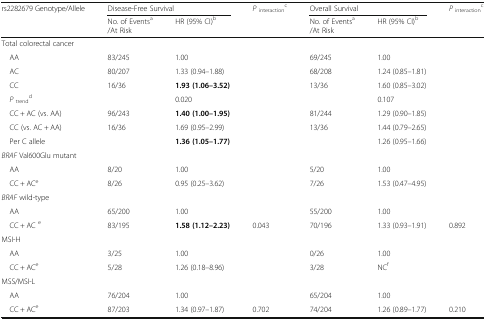
<table><thead><tr><td rowspan="2"><b>rs2282679 Genotype/Allele</b></td><td colspan="2"><b>Disease-Free Survival</b></td><td rowspan="2"><b><i>P</i><sub>interaction</sub><sup>c</sup></b></td><td colspan="2"><b>Overall Survival</b></td><td rowspan="2"><b><i>P</i><sub>interaction</sub><sup>c</sup></b></td></tr><tr><td><b>No. of Events<sup>a</sup>/At Risk</b></td><td><b>HR (95% CI)<sup>b</sup></b></td><td><b>No. of Events<sup>a</sup>/At Risk</b></td><td><b>HR (95% CI)<sup>b</sup></b></td></tr></thead><tbody><tr><td>Total colorectal cancer</td><td></td><td></td><td></td><td></td><td></td><td></td></tr><tr><td> AA</td><td>83/245</td><td>1.00</td><td></td><td>69/245</td><td>1.00</td><td></td></tr><tr><td> AC</td><td>80/207</td><td>1.33 (0.94–1.88)</td><td></td><td>68/208</td><td>1.24 (0.85–1.81)</td><td></td></tr><tr><td> CC</td><td>16/36</td><td><b>1.93 (1.06–3.52)</b></td><td></td><td>13/36</td><td>1.60 (0.85–3.02)</td><td></td></tr><tr><td> <i>P</i><sub>trend</sub><sup>d</sup></td><td></td><td>0.020</td><td></td><td></td><td>0.107</td><td></td></tr><tr><td> CC + AC (vs. AA)</td><td>96/243</td><td><b>1.40 (1.00–1.95)</b></td><td></td><td>81/244</td><td>1.29 (0.90–1.85)</td><td></td></tr><tr><td> CC (vs. AC + AA)</td><td>16/36</td><td>1.69 (0.95–2.99)</td><td></td><td>13/36</td><td>1.44 (0.79–2.65)</td><td></td></tr><tr><td> Per C allele</td><td></td><td><b>1.36 (1.05–1.77)</b></td><td></td><td></td><td>1.26 (0.95–1.66)</td><td></td></tr><tr><td><i>BRAF</i> Val600Glu mutant</td><td></td><td></td><td></td><td></td><td></td><td></td></tr><tr><td> AA</td><td>8/20</td><td>1.00</td><td></td><td>5/20</td><td>1.00</td><td></td></tr><tr><td> CC + AC<sup>e</sup></td><td>8/26</td><td>0.95 (0.25–3.62)</td><td></td><td>7/26</td><td>1.53 (0.47–4.95)</td><td></td></tr><tr><td><i>BRAF</i> wild-type</td><td></td><td></td><td></td><td></td><td></td><td></td></tr><tr><td> AA</td><td>65/200</td><td>1.00</td><td></td><td>55/200</td><td>1.00</td><td></td></tr><tr><td> CC + AC <sup>e</sup></td><td>83/195</td><td><b>1.58 (1.12–2.23)</b></td><td>0.043</td><td>70/196</td><td>1.33 (0.93–1.91)</td><td>0.892</td></tr><tr><td>MSI-H</td><td></td><td></td><td></td><td></td><td></td><td></td></tr><tr><td> AA</td><td>3/25</td><td>1.00</td><td></td><td>0/26</td><td>1.00</td><td></td></tr><tr><td> CC + AC<sup>e</sup></td><td>5/28</td><td>1.26 (0.18–8.96)</td><td></td><td>3/28</td><td>NC<sup>f</sup></td><td></td></tr><tr><td>MSS/MSI-L</td><td></td><td></td><td></td><td></td><td></td><td></td></tr><tr><td> AA</td><td>76/204</td><td>1.00</td><td></td><td>65/204</td><td>1.00</td><td></td></tr><tr><td> CC + AC<sup>e</sup></td><td>87/203</td><td>1.34 (0.97–1.87)</td><td>0.702</td><td>74/204</td><td>1.26 (0.89–1.77)</td><td>0.210</td></tr></tbody></table>